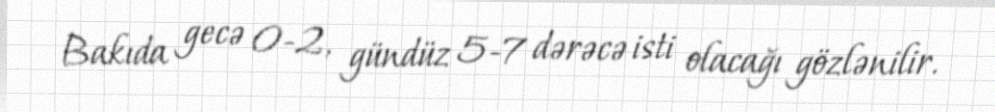
Bakıda gecə 0-2, gündüz 5-7 dərəcə isti olacağı gözlənilir.